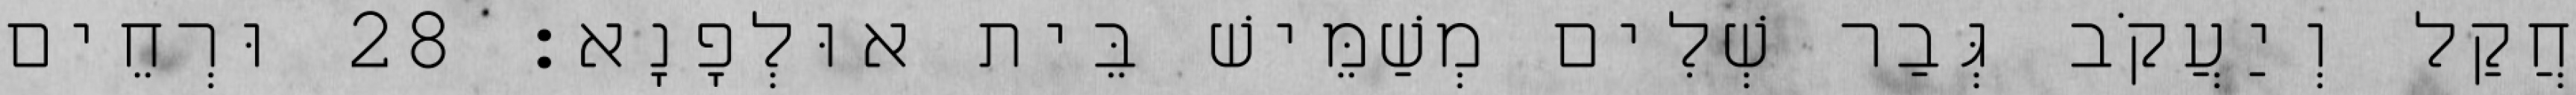
חֲקַל וְיַעֲקֹב גְּבַר שְׁלִים מְשַׁמֵּישׁ בֵּית אוּלְפָנָא׃ 28 וּרְחֵים